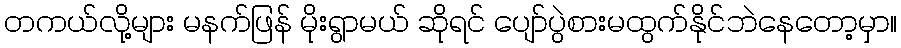
တကယ်လို့များ မနက်ဖြန် မိုးရွာမယ် ဆိုရင် ပျော်ပွဲစားမထွက်နိုင်ဘဲနေတော့မှာ။